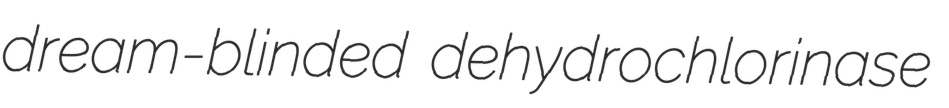
dream-blinded dehydrochlorinase